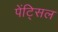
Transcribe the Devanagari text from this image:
पेंट्सिल